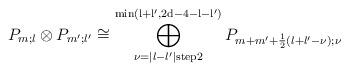
LaTeX: \begin{align*}P_{m;l} \otimes P_{m';l'} \cong \bigoplus\limits_{\nu=\vert l-l' \vert \mathrm{ step } 2}^{\mathrm{min\left( l+l',2d-4-l-l' \right)}} P_{m+m'+\frac{1}{2} \left( l+l'-\nu \right);\nu} \end{align*}